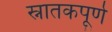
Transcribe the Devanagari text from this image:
स्नातकपूर्ण